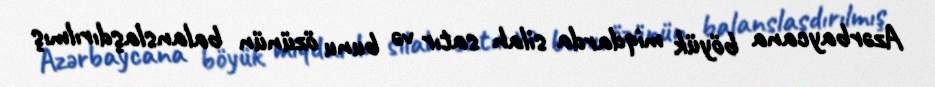
Azərbaycana böyük miqdarda silah satır və bunu özünün balanslaşdırılmış